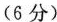
(6分)